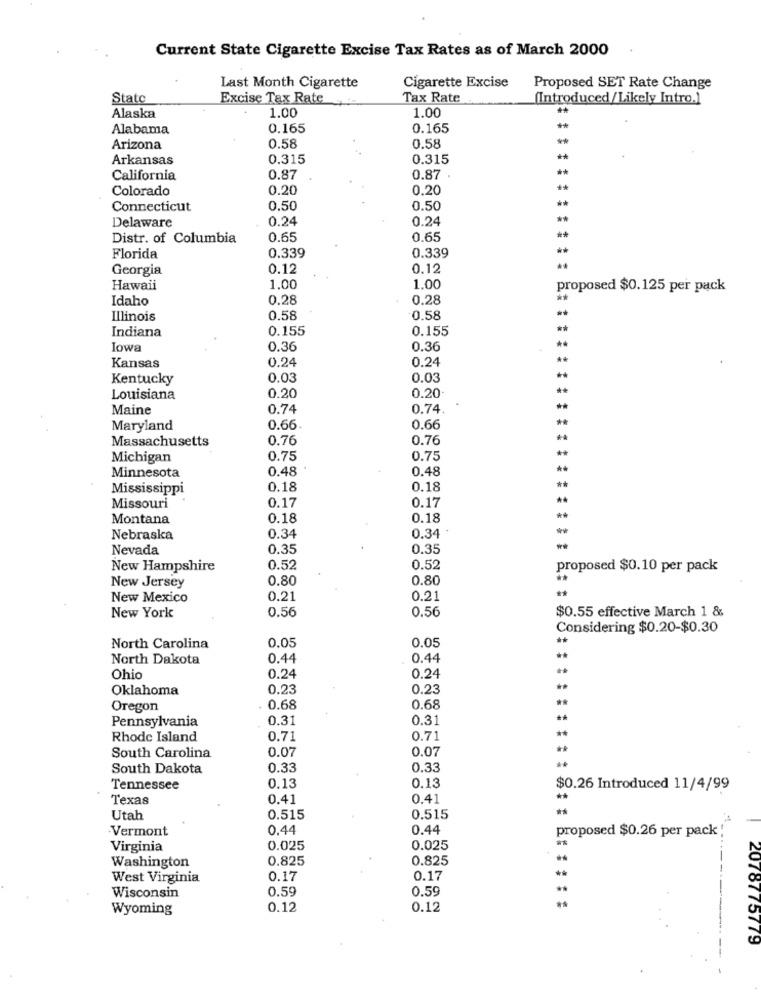
Current State Cigarette Excise Tax Rates as of March 2000
Last Month Cigarette
Cigarette Excise
Proposed SET Rate Change
Statc
Excise Tax Rate
Tax Rate
(Introduced/Likely Intro.]
Alaska
1.00
1.00
Alabama
0.165
0.165
Arizona
0.58
0.58
Arkansas
0.315
0.315
**
California
0.87
0.87
Colorado
0.20
0.20
**
Connecticut
0.50
0.50
Delaware
0.24
0.24
**
Distr. of Columbia
0.65
0.65
Florida
0.339
0.339
Georgia
0.12
0.12
Hawaii
1,00
1.00
proposed $0.125 per pack
Idaho
0.28
0.28
**
**
Illinois
0.58
0.58
Indiana
0.155
0.155
**
**
Iowa
0.36
0.36
0.24
0.24
**
Kansas
Kentucky
0.03
0.03
0.20
**
Louisiana
0.20
Maine
0.74
0.74
**
**
Maryland
0.66
0.66
Massachusetts
0.76
0.76
**
Michigan
0.75
0.75
0.48
0.48
**
Minnesota
Mississippi
0.18
0.18
0.17
**
Missouri
0.17
Montana
0.18
0.18
**
**
Nebraska
0.34
0.34
Nevada
0.35
0.35
**
New Hampshire
0.52
0.52
proposed $0.10 per pack
0.80
0.80
New Jersey
New Mexico
0.21
0.21
0.56
0.56
$0.55 effective March 1 &
New York
Considering $0.20-$0.30
0.05
0.05
North Carolina
North Dakota
0.44
0.44
0.24
Ohio
0.24
Oklahoma
0.23
0.23
Oregon
0.68
0.68
Pennsylvania
0.31
0.31
Rhode Island
0.71
0.71
0.07
0.07
South Carolina
South Dakota
0.33
0.33
0.13
Tennessee
0.13
$0.26 Introduced 11/4/99
Texas
0.41
0.41
Utah
0.515
0.515
Vermont
0.44
0.44
proposed $0.26 per pack'
Virginia
0.025
0.025
Washington
0.825
0.825
--.
West Virginia
0.17
0.17
0.59
0.59
Wisconsin
Wyoming
0.12
0.12
2078775779